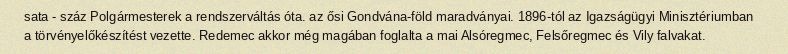
sata - száz Polgármesterek a rendszerváltás óta. az ősi Gondvána-föld maradványai. 1896-tól az Igazságügyi Minisztériumban a törvényelőkészítést vezette. Redemec akkor még magában foglalta a mai Alsóregmec, Felsőregmec és Vily falvakat.